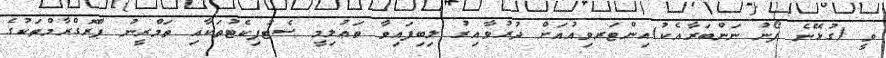
ވީ (ގުޅޭނެ ފޯނު ނަންބަރާއެކު)އިންޓަރވިއުއަށް ދުރުވާއިރު ލިބިފައިވާ ތަޢުލިމީ ސެޓުފިކެޓުތަކާއި ތަމްރީނު ޕްރޮގްރާމްތަކުގެ